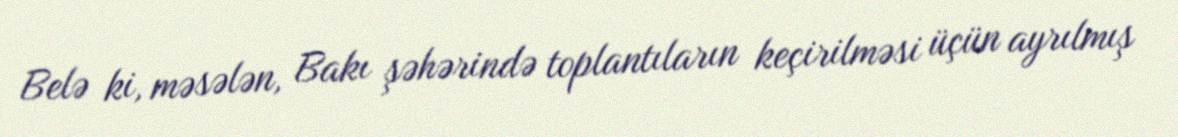
Belə ki, məsələn, Bakı şəhərində toplantıların keçirilməsi üçün ayrılmış